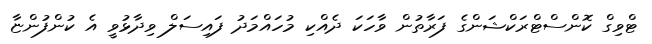
ޓްވިގް ކޮންސްޓްރަކްޝަންގެ ފަރާތުން ވާހަކަ ދެއްކި މުހައްމަދު ފައިސަލް ވިދާޅުވީ އެ ކުންފުންޏާ